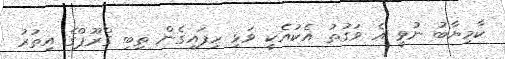
ކާމިޔާބު ނުވީ އެ ވަގުތު އެކުއެކީ ވަޅި ހިފައިގެން ތިބި ގްރޫޕްގެ އިތުރު